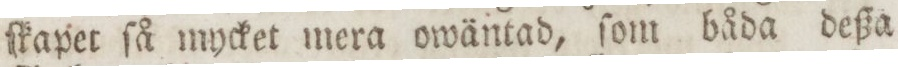
ſkapet ſå mycket mera owäntad, ſom båda deßa